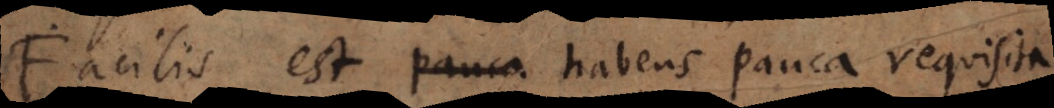
l i s est habens pauca requisita.